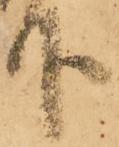
下